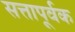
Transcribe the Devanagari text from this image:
सत्तापूर्वक